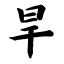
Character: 旱